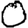
Digit: 0